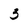
Character: 3